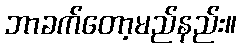
ဘာခက်တော့မည်နည်း။